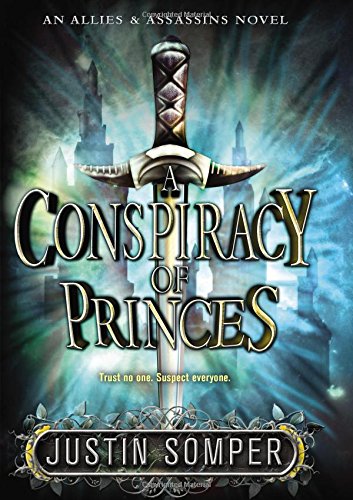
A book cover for A Conspiracy of Princes (Allies & Assassins); Justin Somper; Teen & Young Adult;